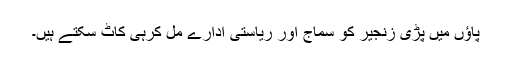
پاؤں میں پڑی زنجیر کو سماج اور ریاستی ادارے مل کرہی کاٹ سکتے ہیں۔